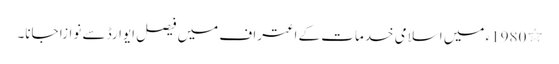
٭ 1980ء میں اسلامی خدمات کے اعتراف میں فیصل ایوارڈ سے نوازا جانا۔